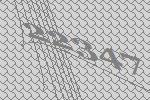
22347